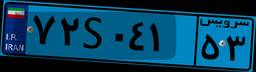
۱۵S۶۴۸۱۷